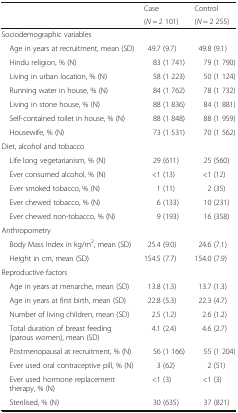
<table><thead><tr><td></td><td><b>Case</b></td><td><b>Control</b></td></tr><tr><td></td><td><b>(<i>N</i> = 2 101)</b></td><td><b>(<i>N</i> = 2 255)</b></td></tr></thead><tbody><tr><td colspan="3">Sociodemographic variables</td></tr><tr><td> Age in years at recruitment, mean (SD)</td><td>49.7 (9.7)</td><td>49.8 (9.1)</td></tr><tr><td> Hindu religion, % (N)</td><td>83 (1 741)</td><td>79 (1 790)</td></tr><tr><td> Living in urban location, % (N)</td><td>58 (1 223)</td><td>50 (1 124)</td></tr><tr><td> Running water in house, % (N)</td><td>84 (1 762)</td><td>78 (1 732)</td></tr><tr><td> Living in stone house, % (N)</td><td>88 (1 836)</td><td>84 (1 881)</td></tr><tr><td> Self-contained toilet in house, % (N)</td><td>88 (1 848)</td><td>88 (1 959)</td></tr><tr><td> Housewife, % (N)</td><td>73 (1 531)</td><td>70 (1 562)</td></tr><tr><td colspan="3">Diet, alcohol and tobacco</td></tr><tr><td> Life long vegetarianism, % (N)</td><td>29 (611)</td><td>25 (560)</td></tr><tr><td> Ever consumed alcohol, % (N)</td><td>&lt;1 (13)</td><td>&lt;1 (12)</td></tr><tr><td> Ever smoked tobacco, % (N)</td><td>1 (11)</td><td>2 (35)</td></tr><tr><td> Ever chewed tobacco, % (N)</td><td>6 (133)</td><td>10 (231)</td></tr><tr><td> Ever chewed non-tobacco, % (N)</td><td>9 (193)</td><td>16 (358)</td></tr><tr><td colspan="3">Anthropometry</td></tr><tr><td> Body Mass Index in kg/m<sup>2</sup>, mean (SD)</td><td>25.4 (9.0)</td><td>24.6 (7.1)</td></tr><tr><td> Height in cm, mean (SD)</td><td>154.5 (7.7)</td><td>154.0 (7.9)</td></tr><tr><td colspan="3">Reproductive factors</td></tr><tr><td> Age in years at menarche, mean (SD)</td><td>13.8 (1.3)</td><td>13.7 (1.3)</td></tr><tr><td> Age in years at first birth, mean (SD)</td><td>22.8 (5.3)</td><td>22.3 (4.7)</td></tr><tr><td> Number of living children, mean (SD)</td><td>2.5 (1.2)</td><td>2.6 (1.2)</td></tr><tr><td> Total duration of breast feeding (parous women), mean (SD)</td><td>4.1 (2.4)</td><td>4.6 (2.7)</td></tr><tr><td> Postmenopausal at recruitment, % (N)</td><td>56 (1 166)</td><td>55 (1 204)</td></tr><tr><td> Ever used oral contraceptive pill, % (N)</td><td>3 (62)</td><td>2 (51)</td></tr><tr><td> Ever used hormone replacement therapy, % (N)</td><td>&lt;1 (3)</td><td>&lt;1 (3)</td></tr><tr><td> Sterilised, % (N)</td><td>30 (635)</td><td>37 (821)</td></tr></tbody></table>